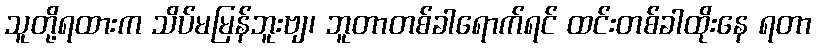
သူတို့ရထားက သိပ်မမြန်ဘူးဗျ၊ ဘူတာတစ်ခါရောက်ရင် ထင်းတစ်ခါထိုးနေ ရတာ